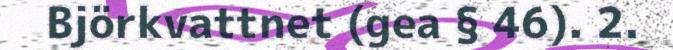
Björkvattnet (gea § 46). 2.